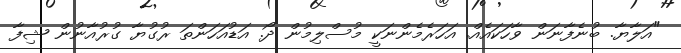
"އަލާޔާ. ބުނެފާނަން ވާހަކައެއް. އަހަރެމެންނަކީ މުސްލިމުން ދޯ. އަޑުއަހަންތަ ރުގުޔާ ގުރުއާނުން ޝިފާ